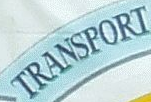
TRANSPORT